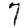
Digit: 7